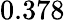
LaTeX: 0.378